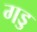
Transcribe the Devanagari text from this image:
गड्ड